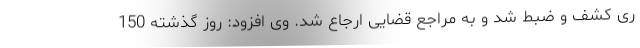
ری کشف و ضبط شد و به مراجع قضایی ارجاع شد. وی افزود: روز گذشته 150